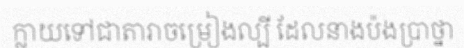
ក្លាយទៅជាតារាចម្រៀងល្បី ដែលនាងប៉ងប្រាថ្នា